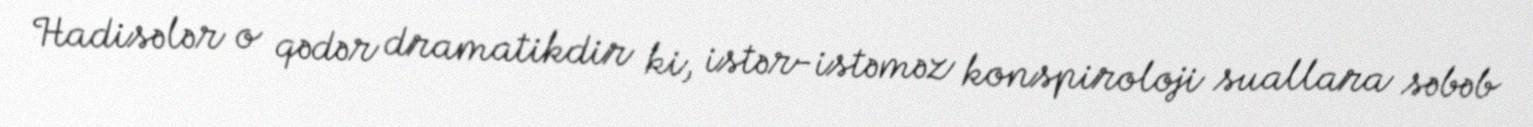
Hadisələr o qədər dramatikdir ki, istər-istəməz konspiroloji suallara səbəb